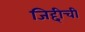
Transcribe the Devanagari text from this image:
जिद्दीची